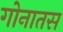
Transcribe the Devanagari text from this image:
गोनातस